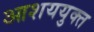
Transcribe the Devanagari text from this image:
आशययुक्‍त